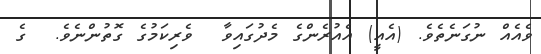
ވެއެއް ނުގަނެތެވެ. (އެއީ) އެއުރެންގެ މެދުގައިވާ  ވެރިކަމުގެ ގޮތުންނެވެ.  ގެ